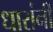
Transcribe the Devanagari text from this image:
धारांनी